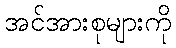
အင်အားစုများကို